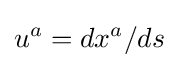
u^{a}=dx^{a}/ds